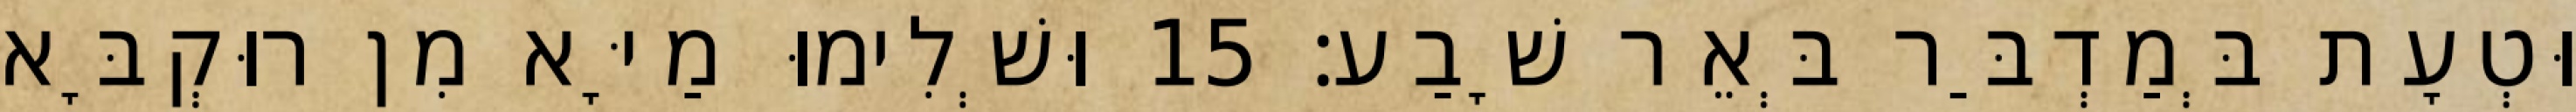
וּטְעָת בְּמַדְבַּר בְּאֵר שָׁבַע׃ 15 וּשְׁלִימוּ מַיָּא מִן רוּקְבָּא